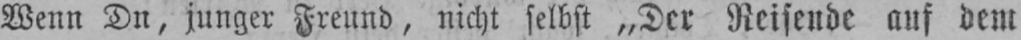
Wenn Dn, junger Freund, nicht selbst „Der Reisende auf dem